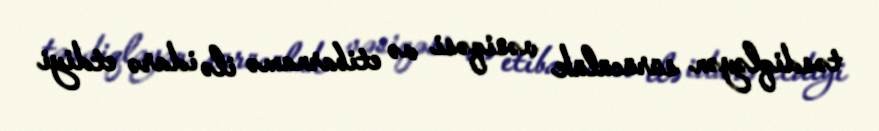
təsdiqləyən sürücülük vəsiqəsi və etibarnamə ilə idarə etdiyi